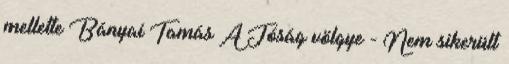
mellette Bányai Tamás A Jóság völgye - Nem sikerült